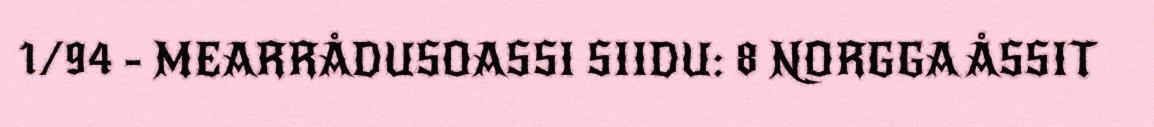
1/94 - MEARRÅDUSOASSI SIIDU: 8 NORGGA ÅSSIT